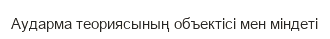
Аударма теориясының объектісі мен міндеті